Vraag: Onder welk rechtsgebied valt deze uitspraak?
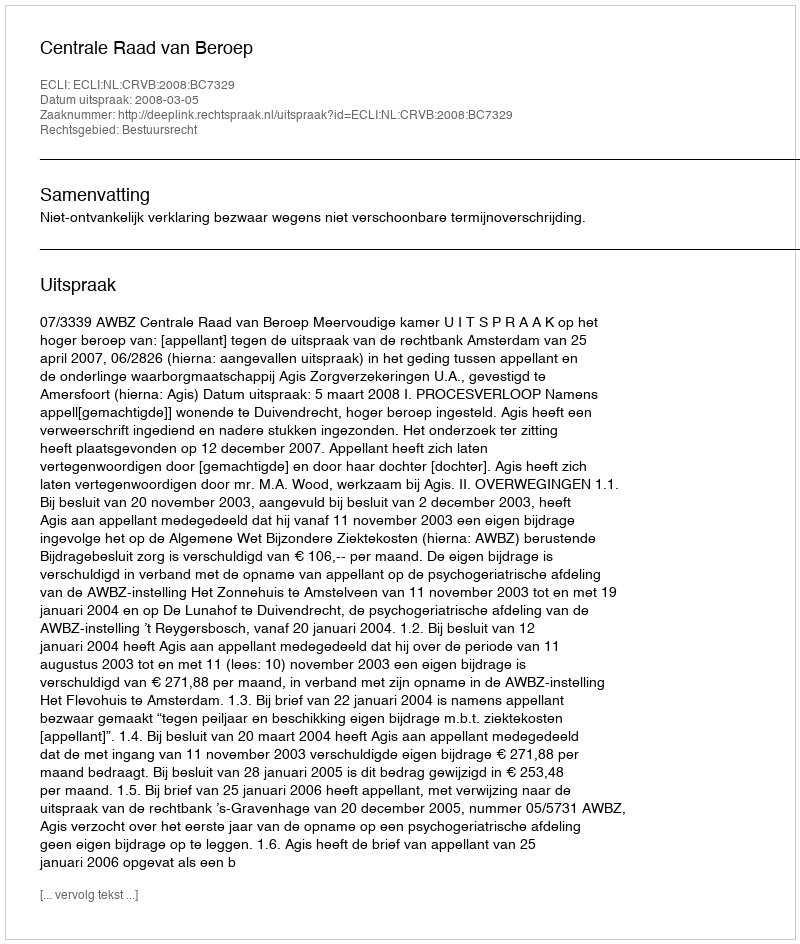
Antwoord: Bestuursrecht